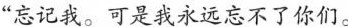
“忘记我。可是我永远忘不了你们